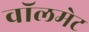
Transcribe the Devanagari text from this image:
वॉलमेट